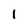
Character: 1